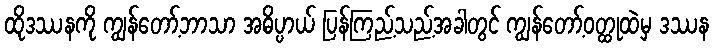
ထိုဒဿနကို ကျွန်တော့်ဘာသာ အဓိပ္ပာယ် ပြန်ကြည့်သည့်အခါတွင် ကျွန်တော့်ဝတ္ထုထဲမှ ဒဿန